Report of the Indian Hemp Drugs Commission, 1894-1895 - Volume V
Year: 1894
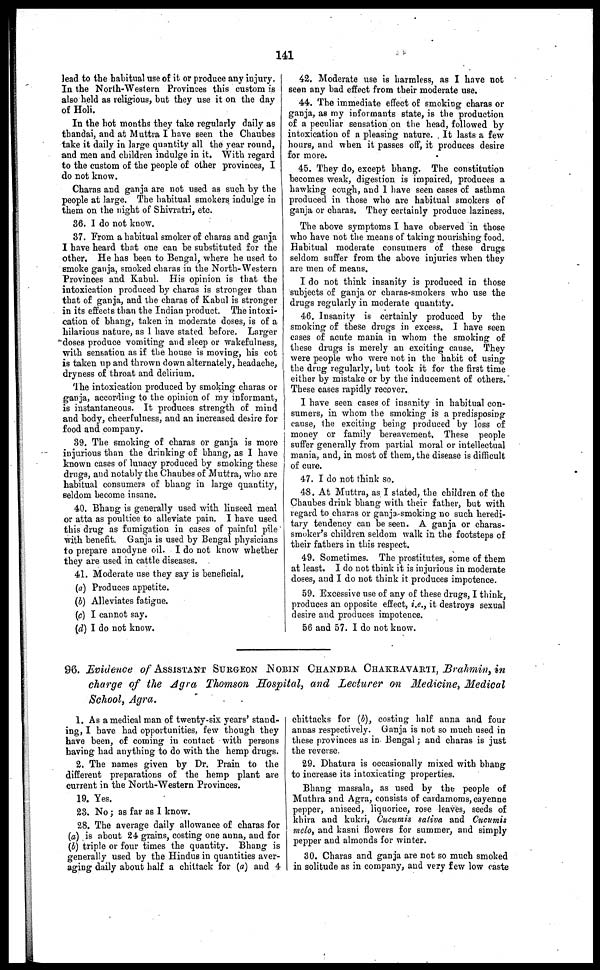
141
lead to the habitual use of it or produce any injury.
In the North-Western Provinces this custom is
also held as religious, but they use it on the day
of Holi.
In the hot months they take regularly daily as
thandai, and at Muttra I have seen the Chaubes
take it daily in large quantity all the year round,
and men and children indulge in it. With regard
to the custom of the people of other provinces, I
do not know.
Charas and ganja are not used as such by the
people at large. The habitual smokers indulge in
them on the night of Shivratri, etc.
86. I do not know.
37. From a habitual smoker of charas and ganja
I have heard that one can be substituted for the
other. He has been to Bengal, where he used to
smoke ganja, smoked charas in the North-Western
Provinces and Kabul. His opinion is that the
intoxication produced by charas is stronger than
that of ganja, and the charas of Kabul is stronger
in its effects than the Indian product. The intoxi-
cation of bhang, taken in moderate doses, is of a
hilarious nature, as I have stated before. Larger
doses produce vomiting and sleep or wakefulness,
with sensation as if the house is moving, his cot
is taken up and thrown down alternately, headache,
dryness of throat and delirium.
The intoxication produced by smoking charas or
ganja, according to the opinion of my informant,
is instantaneous. It produces strength of mind
and body, cheerfulness, and an increased desire for
food and company.
39. The smoking of charas or ganja is more
injurious than the drinking of bhang, as I have
known cases of lunacy produced by smoking these
drugs, and notably the Chaubes of Muttra, who are
habitual consumers of bhang in large quantity,
seldom become insane.
40. Bhang is generally used with linseed meal
or atta as poultice to alleviate pain. I have used
this drug as fumigation in cases of painful pile
with benefit. Ganja is used by Bengal physicians
to prepare anodyne oil. I do not know whether
they are used in cattle diseases.
41. Moderate use they say is beneficial.
(a) Produces appetite.
(b) Alleviates fatigue.
(c) I cannot say.
(d) I do not know.
42. Moderate use is harmless, as I have not
seen any bad effect from their moderate use.
44. The immediate effect of smoking charas or
ganja, as my informants state, is the production
of a peculiar sensation on the head, followed by
intoxication of a pleasing nature. It lasts a few
hours, and when it passes off, it produces desire
for more.
45. They do, except bhang. The constitution
becomes weak, digestion is impaired, produces a
hawking cough, and I have seen cases of a6thma
produced in those who are habitual smokers of
ganja or charas. They certainly produce laziness.
The above symptoms I have observed in those
who have not the means of taking nourishing food.
Habitual moderate consumers of these drugs
seldom suffer from the above injuries when they
are men of means.
I do not think insanity is produced in those
subjects of ganja or charas-smokers who use the
drugs regularly in moderate quantity.
46. Insanity is certainly produced by the
smoking of these drugs in excess. I have seen
cases of acute mania in whom the smoking of
these drugs is merely an exciting cause. They
were people who were not in the habit of using
the drug regularly, but took it for the first time
either by mistake or by the inducement of others.
These cases rapidly recover.
I have seen cases of insanity in habitual con-
sumers, in whom the smoking is a predisposing
cause, the exciting being produced by loss of
money or family bereavement. These people
suffer generally from partial moral or intellectual
mania, and, in most of them, the disease is difficult
of cure.
47. I do not think so.
48. At Muttra, as I stated, the children of the
Chaubes drink bhang with their father, but with
regard to charas or ganja-smoking no such heredi-
tary tendency can be seen. A ganja or charas-
smoker's children seldom walk in the footsteps of
their fathers in this respect.
49. Sometimes. The prostitutes, some of them
at least. I do not think it is injurious in moderate
doses, and I do not think it produces impotence.
59. Excessive use of any of these drugs, I think,
produces an opposite effect, i.e., it destroys sexual
desire and produces impotence.
56 and 57. I do not know.
96. Evidence of ASSISTANT SURGEON NOBIN CHANDRA CHAKRAVARTI, Brahmin, in
charge of the Agra Thomson Hospital, and Lecturer on Medicine, Medical
School, Agra.
1. As a medical man of twenty-six years' stand-
ing, I have had opportunities, few though they
have been, of coming in contact with persons
having had anything to do with the hemp drugs.
2. The names given by Dr. Prain to the
different preparations of the hemp plant are
current in the North-Western Provinces.
19. Yes.
23. No; as far as I know.
28. The average daily allowance of charas for
(a) is about 24 grains, costing one anna, and for
(b) triple or four times the quantity. Bhang is
generally used by the Hindus in quantities aver-
aging daily about half a chittack for (a) and 4
chittacks for (b), costing half anna and four
annas respectively. Ganja is not so much used in
these provinces as in Bengal; and charas is just
the reverse.
29. Dhatura is occasionally mixed with bhang
to increase its intoxicating properties.
Bhang massala, as used by the people of
Muthra and Agra, consists of cardamoms, cayenne
pepper, aniseed, liquorice, rose leaves, seeds of
khira and kukri, Cucumis saliva and Cucumis
mclo, and kasni flowers for summer, and simply
pepper and almonds for winter.
30. Charas and ganja are not so much smoked
in solitude as in company, and very few low caste